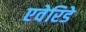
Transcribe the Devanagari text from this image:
एवेरिडे